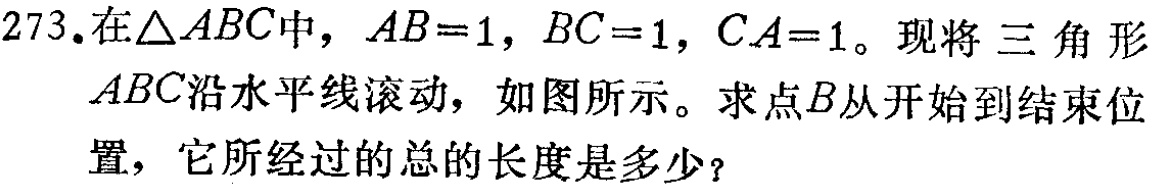
273.在$\triangle ABC$中，$AB = 1$，$BC = 1$，$CA = 1$。现将三角形$ABC$沿水平线滚动，如图所示。求点$B$从开始到结束位置，它所经过的总的长度是多少？